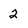
Character: 2